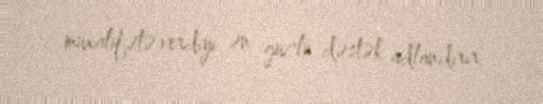
müxalifətə verdiyi ən güclü dəstək adlandırır.